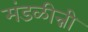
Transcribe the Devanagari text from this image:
मंडळीन्नी